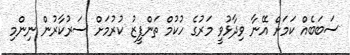
ސަބަބެއް ކަމަށް އޭނާ ވިދާޅުވީ މަރުގެ ހުކުމް ތަންފީޒު ކުރުމަށް ސަރުކާރުން ނިންމި